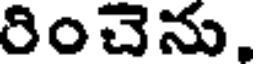
రించెను,